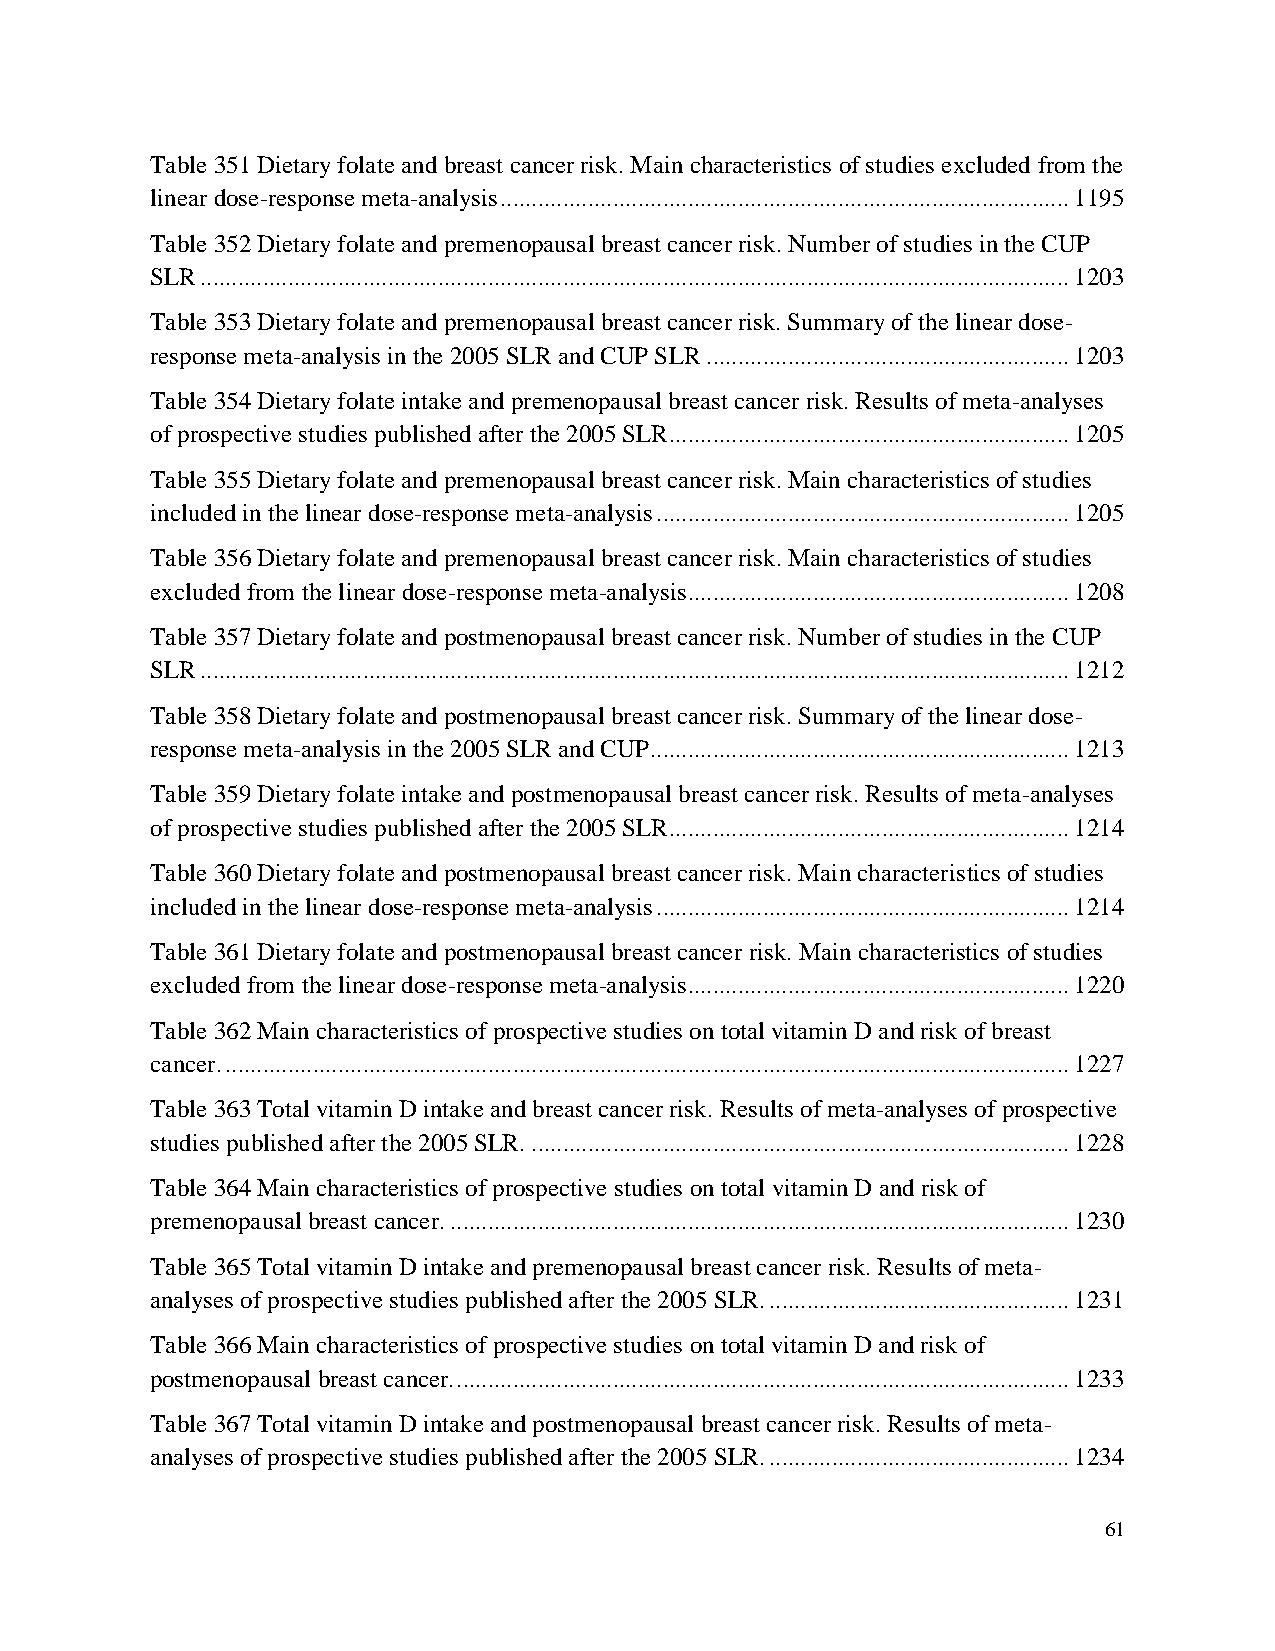
Table 351 Dietary folate and breast cancer risk. Main characteristics of studies excluded from the
 linear dose-response meta-analysis ........................................................................................... 1195
 Table 352 Dietary folate and premenopausal breast cancer risk. Number of studies in the CUP
 SLR ........................................................................................................................................... 1203
 Table 353 Dietary folate and premenopausal breast cancer risk. Summary of the linear dose-
 response meta-analysis in the 2005 SLR and CUP SLR .......................................................... 1203
 Table 354 Dietary folate intake and premenopausal breast cancer risk. Results of meta-analyses
 of prospective studies published after the 2005 SLR................................................................ 1205
 Table 355 Dietary folate and premenopausal breast cancer risk. Main characteristics of studies
 included in the linear dose-response meta-analysis .................................................................. 1205
 Table 356 Dietary folate and premenopausal breast cancer risk. Main characteristics of studies
 excluded from the linear dose-response meta-analysis ............................................................. 1208
 Table 357 Dietary folate and postmenopausal breast cancer risk. Number of studies in the CUP
 SLR ........................................................................................................................................... 1212
 Table 358 Dietary folate and postmenopausal breast cancer risk. Summary of the linear dose-
 response meta-analysis in the 2005 SLR and CUP ................................................................... 1213
 Table 359 Dietary folate intake and postmenopausal breast cancer risk. Results of meta-analyses
 of prospective studies published after the 2005 SLR................................................................ 1214
 Table 360 Dietary folate and postmenopausal breast cancer risk. Main characteristics of studies
 included in the linear dose-response meta-analysis .................................................................. 1214
 Table 361 Dietary folate and postmenopausal breast cancer risk. Main characteristics of studies
 excluded from the linear dose-response meta-analysis ............................................................. 1220
 Table 362 Main characteristics of prospective studies on total vitamin D and risk of breast
 cancer. ....................................................................................................................................... 1227
 Table 363 Total vitamin D intake and breast cancer risk. Results of meta-analyses of prospective
 studies published after the 2005 SLR. ...................................................................................... 1228
 Table 364 Main characteristics of prospective studies on total vitamin D and risk of
 premenopausal breast cancer. ................................................................................................... 1230
 Table 365 Total vitamin D intake and premenopausal breast cancer risk. Results of meta-
 analyses of prospective studies published after the 2005 SLR. ................................................ 1231
 Table 366 Main characteristics of prospective studies on total vitamin D and risk of
 postmenopausal breast cancer. .................................................................................................. 1233
 Table 367 Total vitamin D intake and postmenopausal breast cancer risk. Results of meta-
 analyses of prospective studies published after the 2005 SLR. ................................................ 1234
 61